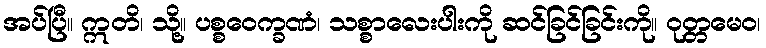
အပ်ပြီ။ ဣတိ၊ သို့။ ပစ္စဝေက္ခဏံ၊ သစ္စာလေးပါးကို ဆင်ခြင်ခြင်းကို။ ဝုတ္တမေဝ၊